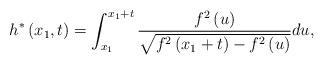
LaTeX: \begin{align*}h^{\ast }\left( x_{1},t\right) =\int_{x_{1}}^{x_{1}+t}\frac{f^{2}\left(u\right) }{\sqrt{f^{2}\left( x_{1}+t\right) -f^{2}\left( u\right) }}du,\end{align*}